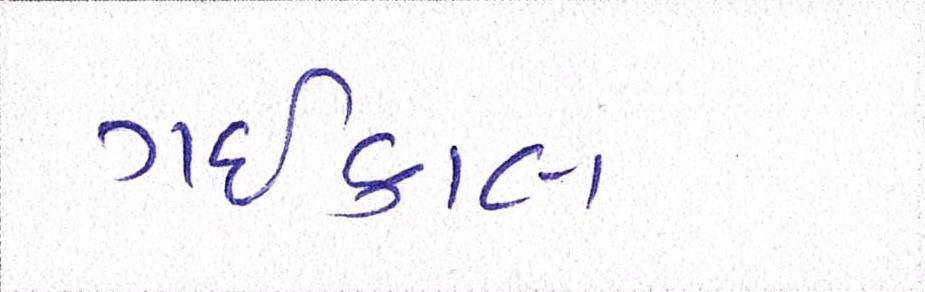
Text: ગઇકાલ